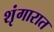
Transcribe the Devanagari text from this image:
शृंगारात